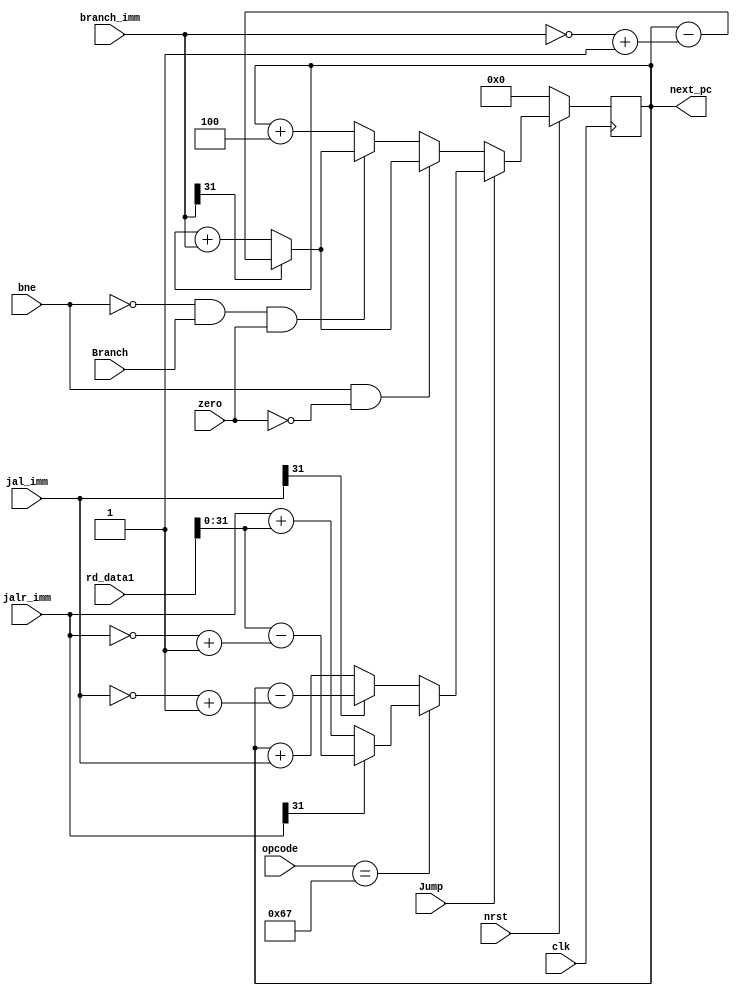
`timescale 1ns / 1ps
//////////////////////////////////////////////////////////////////////////////////
// Company: 
// Engineer: 
// 
// Design Name: 
// Module Name: PC
// Project Name: 
// Target Devices: 
// Tool Versions: 
// Description: 
// 
// Dependencies: 
// 
// Revision:
// Revision 0.01 - File Created
// Additional Comments:
// 
//////////////////////////////////////////////////////////////////////////////////


module PC(clk, nrst, Jump, bne, zero,Branch, opcode, jal_imm, jalr_imm, branch_imm, rd_data1, next_pc

    );
    //next pc handler
    input clk, nrst;
    input Jump, bne, zero, Branch; //control signals for jal and branch
    input [6:0] opcode; //jal
    input [31:0] jalr_imm, branch_imm, jal_imm; //jalr and branch immediates
    input [63:0] rd_data1; //rs1 read data
    output [31:0] next_pc;
    
    reg [31:0] pc;
    always@(posedge clk)
    begin
        if (!nrst)
        pc<=32'd0;        
        else begin
            if (Jump) begin
                if (opcode==7'b1100111) begin //jalr
                    if (jalr_imm[31]==1'b1) //check if neg
                    pc<=rd_data1[31:0]-(~jalr_imm+1);
                    else
                    pc<=jalr_imm+rd_data1[31:0];
                end
                else begin //jal
                if (jal_imm[31]==1'b1) //check if neg
                pc<=pc-(~jal_imm+1); 
                else
                pc<=pc+jal_imm;
                end
            end
            else begin 
                if(bne && ~zero) begin
                    if (branch_imm[31]==1'b1) 
                    pc<=pc-(~branch_imm+1);
                    else
                    pc<=pc+branch_imm;
                end           
                else if(~bne && Branch && zero) begin
                    if (branch_imm[31]==1'b1) 
                    pc<=pc-(~branch_imm+1);
                    else
                    pc<=pc+branch_imm;
                end
                else 
                pc<=pc+3'd4;
            end
         end
      end
    
    assign next_pc = pc;
endmodule